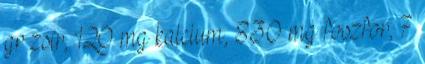
gr zsír, 120 mg kalcium, 830 mg foszfor, 7